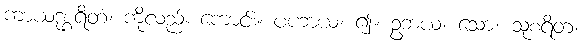
ကာယဒုစ္စရိတံ၊ ကိုလည်း ကောင်း။ ပဟာယ၊ ၍။ ဥဘယံ၊ သော။ သုစရိတံ၊